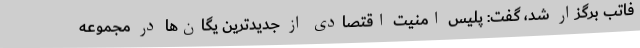
فاتب برگزار شد، گفت: پلیس امنیت اقتصادی از جدیدترین یگان‌ها در مجموعه